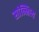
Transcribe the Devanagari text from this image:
सांन्निध्य